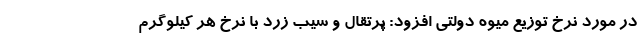
در مورد نرخ توزیع میوه دولتی افزود: پرتقال و سیب زرد با نرخ هر کیلوگرم